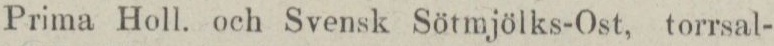
Prima Holl. och Svensk Sötmjölks-Ost, torrsal-